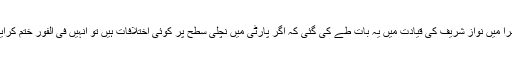
جاتی امرا میں نواز شریف کی قیادت میں یہ بات طے کی گئی کہ اگر پارٹی میں نچلی سطح پر کوئی اختلافات ہیں تو انہیں فی الفور ختم کرایا جائے۔